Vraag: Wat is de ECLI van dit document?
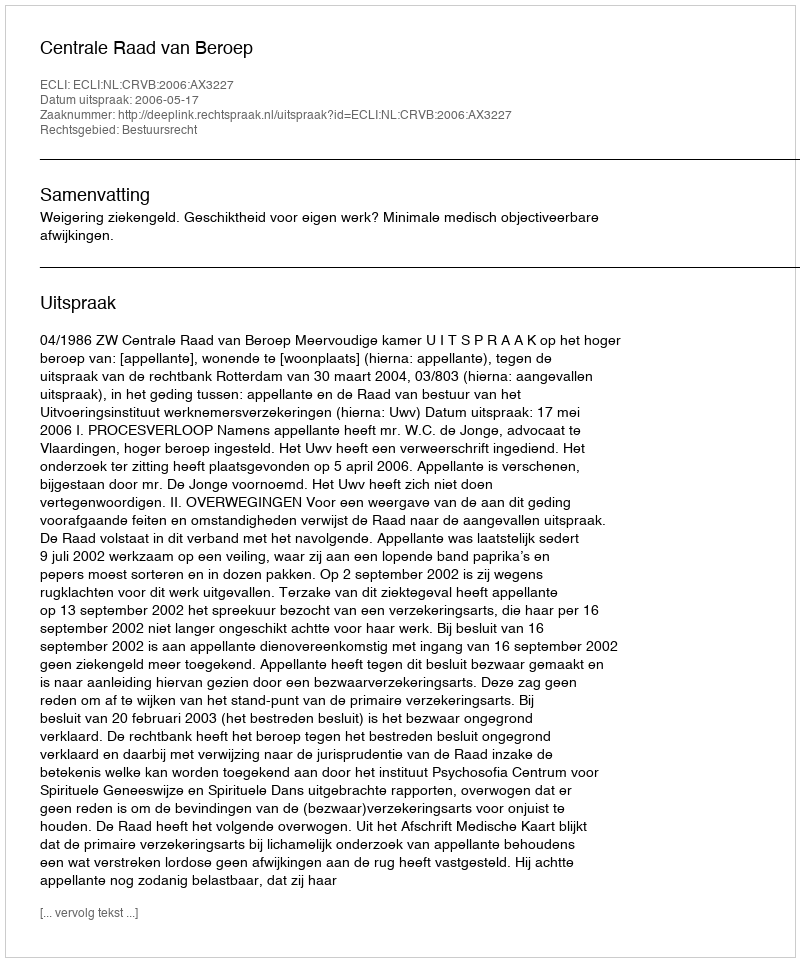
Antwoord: ECLI:NL:CRVB:2006:AX3227